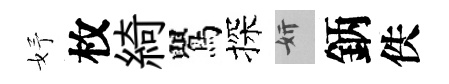
妤枚綺鸎探妍鈵佚